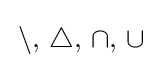
\,\setminus ,\,\triangle ,\,\cap ,\,\cup